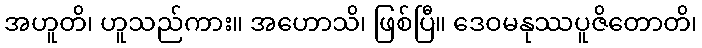
အဟူတိ၊ ဟူသည်ကား။ အဟောသိ၊ ဖြစ်ပြီ။ ဒေဝမနုဿပူဇိတောတိ၊